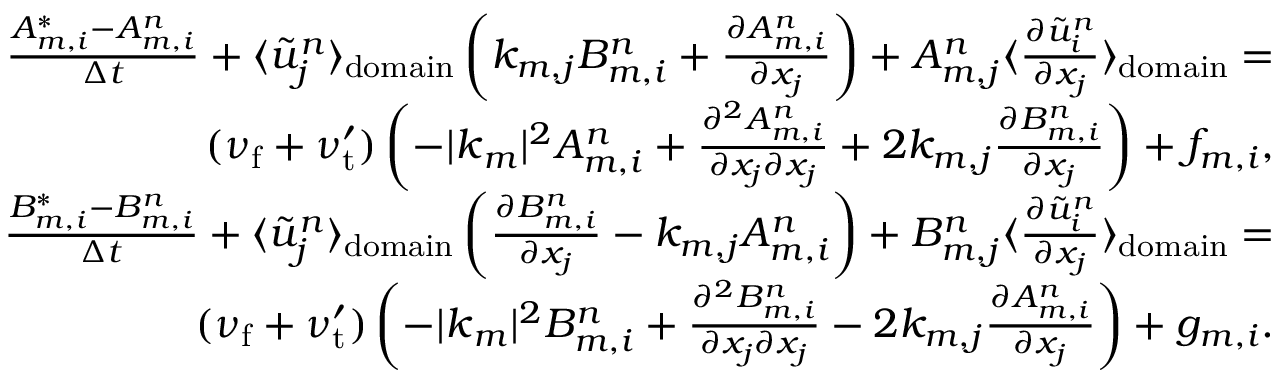
\begin{array} { r } { \frac { A _ { m , i } ^ { * } - A _ { m , i } ^ { n } } { \Delta t } + \langle \tilde { u } _ { j } ^ { n } \rangle _ { \mathrm { d o m a i n } } \left( k _ { m , j } B _ { m , i } ^ { n } + \frac { \partial A _ { m , i } ^ { n } } { \partial x _ { j } } \right) + A _ { m , j } ^ { n } \langle \frac { \partial \tilde { u } _ { i } ^ { n } } { \partial x _ { j } } \rangle _ { \mathrm { d o m a i n } } = } \\ { ( \nu _ { \mathrm { f } } + \nu _ { \mathrm { t } } ^ { \prime } ) \left( - \lvert \boldsymbol { k } _ { m } \rvert ^ { 2 } A _ { m , i } ^ { n } + \frac { \partial ^ { 2 } A _ { m , i } ^ { n } } { \partial x _ { j } \partial x _ { j } } + 2 k _ { m , j } \frac { \partial B _ { m , i } ^ { n } } { \partial x _ { j } } \right) + f _ { m , i } , } \\ { \frac { B _ { m , i } ^ { * } - B _ { m , i } ^ { n } } { \Delta t } + \langle \tilde { u } _ { j } ^ { n } \rangle _ { \mathrm { d o m a i n } } \left( \frac { \partial B _ { m , i } ^ { n } } { \partial x _ { j } } - k _ { m , j } A _ { m , i } ^ { n } \right) + B _ { m , j } ^ { n } \langle \frac { \partial \tilde { u } _ { i } ^ { n } } { \partial x _ { j } } \rangle _ { \mathrm { d o m a i n } } = } \\ { ( \nu _ { \mathrm { f } } + \nu _ { \mathrm { t } } ^ { \prime } ) \left( - \lvert \boldsymbol { k } _ { m } \rvert ^ { 2 } B _ { m , i } ^ { n } + \frac { \partial ^ { 2 } B _ { m , i } ^ { n } } { \partial x _ { j } \partial x _ { j } } - 2 k _ { m , j } \frac { \partial A _ { m , i } ^ { n } } { \partial x _ { j } } \right) + g _ { m , i } . } \end{array}